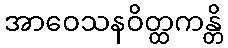
အာဝေသနဝိတ္ထကန္တိ